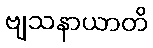
ဗျသနာယာတိ